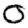
Digit: 0